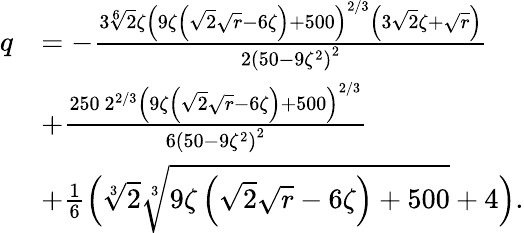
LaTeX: \begin{array}{rl}{q}&{=-\frac{3\sqrt[6]{2}\zeta\left(9\zeta\left(\sqrt{2}\sqrt{r}-6\zeta\right)+500\right)^{2/3}\left(3\sqrt{2}\zeta+\sqrt{r}\right)}{2\left(50-9\zeta^{2}\right)^{2}}}\\ &{+\frac{250\ 2^{2/3}\left(9\zeta\left(\sqrt{2}\sqrt{r}-6\zeta\right)+500\right)^{2/3}}{6\left(50-9\zeta^{2}\right)^{2}}}\\ &{+\frac{1}{6}\Big(\sqrt[3]{2}\sqrt[3]{9\zeta\left(\sqrt{2}\sqrt{r}-6\zeta\right)+500}+4\Big).}\end{array}